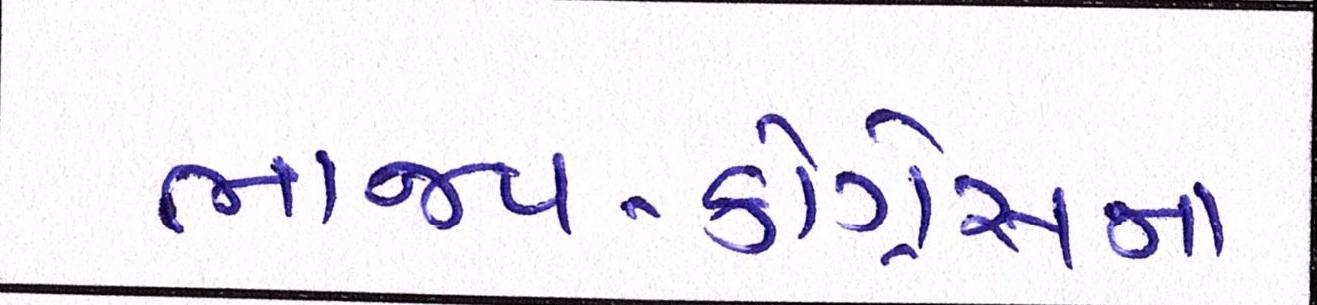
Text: ભાજપ-કોંગ્રેસના